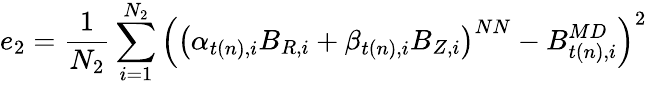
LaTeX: e_{2}=\frac{1}{N_{2}}\sum_{i=1}^{N_{2}}\left(\left(\alpha_{t(n),i}B_{R,i}+\beta_{t(n),i}B_{Z,i}\right)^{NN}-B_{t(n),i}^{MD}\right)^{2}